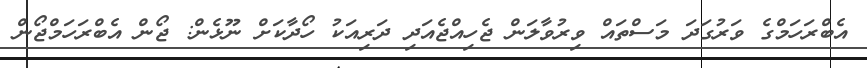
އެބްރަހަމްގެ ވަރުގަދަ މަސްތައް ވިރުވާލަން ޖެހިއްޖެއަދި ދަރިއަކު ހޯދާކަށް ނޫޅެން: ޖޯން އެބްރަހަމްޖޯން